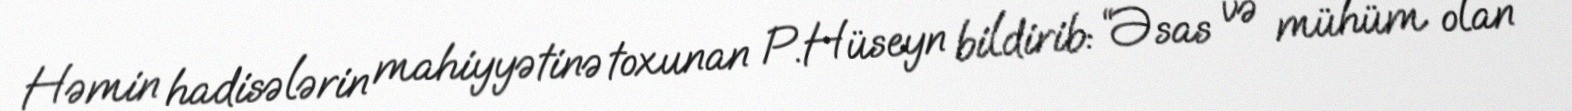
Həmin hadisələrin mahiyyətinə toxunan P.Hüseyn bildirib: “Əsas və mühüm olan